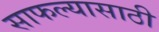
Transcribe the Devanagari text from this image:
साफल्यासाठी